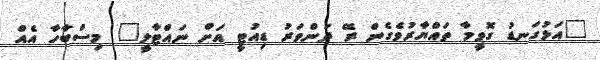
"އަޅުގަނޑު ގޮވީމާ ތައްޔާރުވެގެން ރޭ ދަންވަރު ޑިއުޓީ އަށް ނައްޓާލީ" މިސްބާހާ އެއް